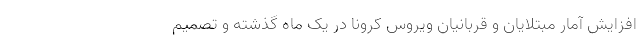
افزایش آمار مبتلایان و قربانیان ویروس کرونا در یک ماه گذشته و تصمیم